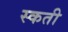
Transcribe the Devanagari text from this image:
स्कती